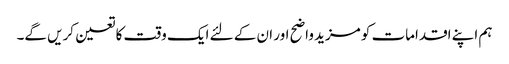
ہم اپنے اقدامات کو مزید واضح اور ان کے لئے ایک وقت کا تعین کریں گے۔